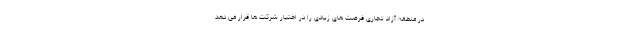
در منطقه آزاد تجاری فرصت های زیادی را در اختیار شرکت ها قرار می دهد